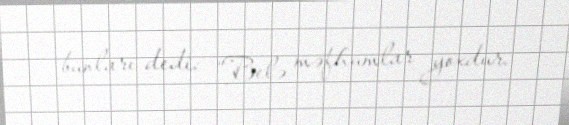
bunları dedi: “Belə məfhumlar yoxdur.